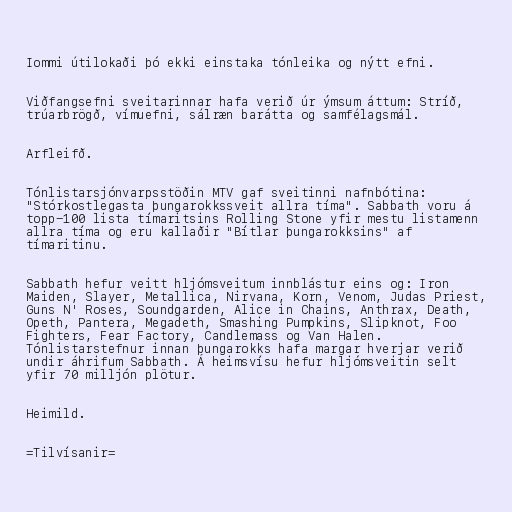
Iommi útilokaði þó ekki einstaka tónleika og nýtt efni.

Viðfangsefni sveitarinnar hafa verið úr ýmsum áttum: Stríð,
trúarbrögð, vímuefni, sálræn barátta og samfélagsmál.

Arfleifð.

Tónlistarsjónvarpsstöðin MTV gaf sveitinni nafnbótina:
"Stórkostlegasta þungarokkssveit allra tíma". Sabbath voru á
topp-100 lista tímaritsins Rolling Stone yfir mestu listamenn
allra tíma og eru kallaðir "Bítlar þungarokksins" af
tímaritinu.

Sabbath hefur veitt hljómsveitum innblástur eins og: Iron
Maiden, Slayer, Metallica, Nirvana, Korn, Venom, Judas Priest,
Guns N' Roses, Soundgarden, Alice in Chains, Anthrax, Death,
Opeth, Pantera, Megadeth, Smashing Pumpkins, Slipknot, Foo
Fighters, Fear Factory, Candlemass og Van Halen.
Tónlistarstefnur innan þungarokks hafa margar hverjar verið
undir áhrifum Sabbath. Á heimsvísu hefur hljómsveitin selt
yfir 70 milljón plötur.

Heimild.

=Tilvísanir=